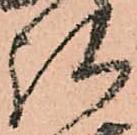
弘